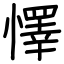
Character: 懌